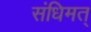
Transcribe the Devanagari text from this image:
संधिमत्